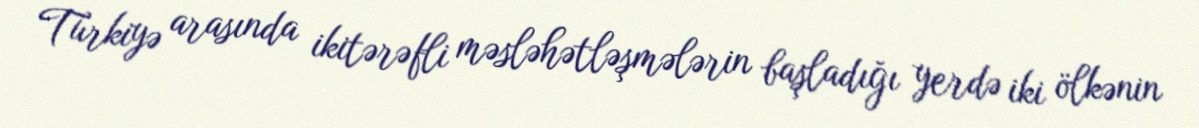
Türkiyə arasında ikitərəfli məsləhətləşmələrin başladığı yerdə iki ölkənin